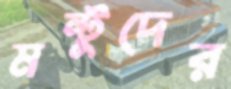
মন্টুদের